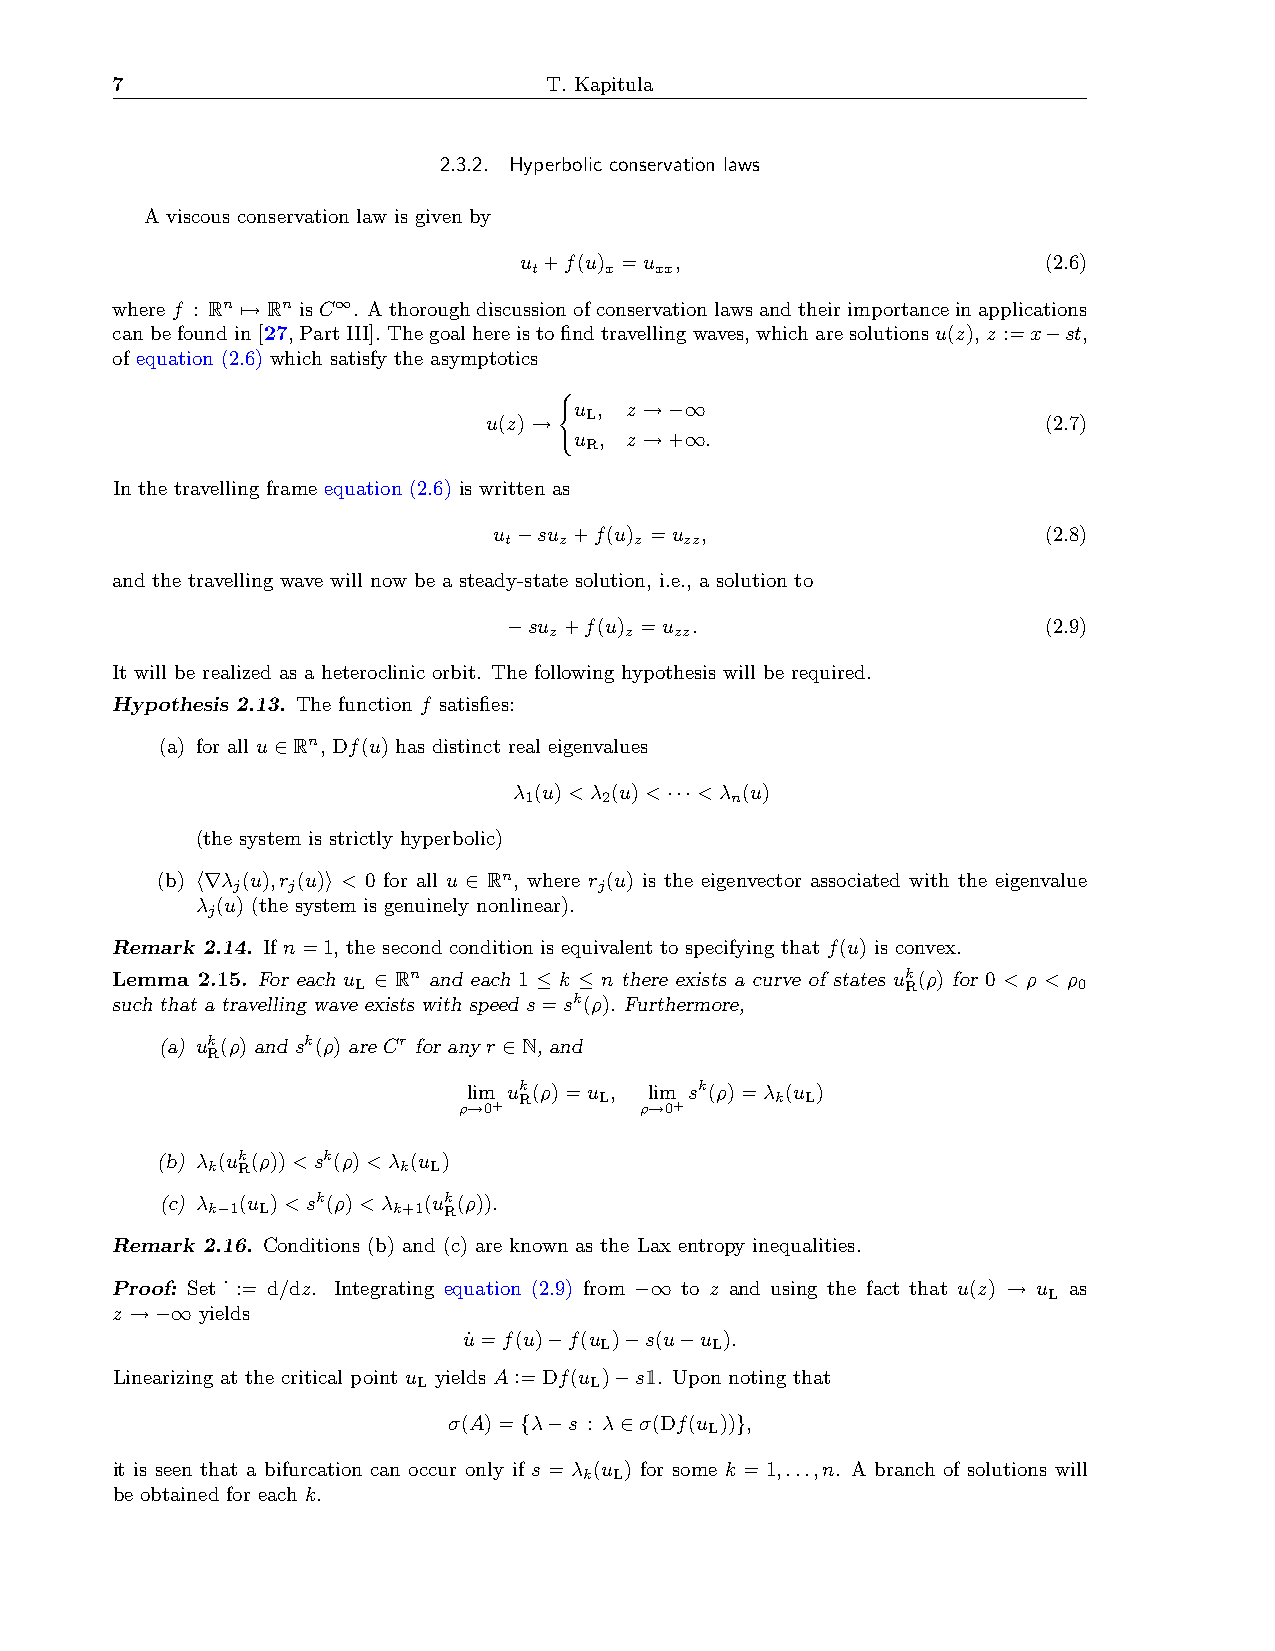
7                            T. Kapitula
 2.3.2. Hyperbolic conservation laws
 A viscous conservation law is given by
 u +f(u) =u ,                       (2.6)
 t    x  xx
 wheref : Rn 7→Rn isC∞. Athoroughdiscussionofconservationlawsandtheirimportanceinapplications
 canbefoundin[27, PartIII].Thegoalhereistofindtravellingwaves, whicharesolutionsu(z), z :=x−st,
 of equation (2.6) which satisfy the asymptotics
 (
 u , z →−∞
 u(z)→  L                             (2.7)
 u , z →+∞.
 R
 In the travelling frame equation (2.6) is written as
 u −su +f(u) =u ,                    (2.8)
 t   z    z  zz
 and the travelling wave will now be a steady-state solution, i.e., a solution to
 −su +f(u) =u .                     (2.9)
 z    z   zz
 It will be realized as a heteroclinic orbit. The following hypothesis will be required.
 Hypothesis 2.13. The function f satisfies:
 (a) for all u∈Rn, Df(u) has distinct real eigenvalues
 λ (u)<λ (u)<···<λ (u)
 1    2       n
 (the system is strictly hyperbolic)
 (b) h∇λ (u),r (u)i < 0 for all u ∈ Rn, where r (u) is the eigenvector associated with the eigenvalue
 j   j                    j
 λ (u) (the system is genuinely nonlinear).
 j
 Remark 2.14. If n=1, the second condition is equivalent to specifying that f(u) is convex.
 Lemma 2.15. For each u ∈ Rn and each 1 ≤ k ≤ n there exists a curve of states uk(ρ) for 0 < ρ < ρ
 L                                   R          0
 such that a travelling wave exists with speed s=sk(ρ). Furthermore,
 (a) uk(ρ) and sk(ρ) are Cr for any r ∈N, and
 R
 lim uk(ρ)=u , lim sk(ρ)=λ (u )
 R     L          k L
 ρ→0+        ρ→0+
 (b) λ (uk(ρ))<sk(ρ)<λ (u )
 k R         k L
 (c) λ (u )<sk(ρ)<λ (uk(ρ)).
 k−1 L       k+1 R
 Remark 2.16. Conditions (b) and (c) are known as the Lax entropy inequalities.
 Proof: Set ˙ := d/dz. Integrating equation (2.9) from −∞ to z and using the fact that u(z) → u as
 L
 z →−∞ yields
 u˙ =f(u)−f(u )−s(u−u ).
 L      L
 Linearizing at the critical point u yields A:=Df(u )−s1. Upon noting that
 L          L
 σ(A)={λ−s : λ∈σ(Df(u ))},
 L
 it is seen that a bifurcation can occur only if s = λ (u ) for some k = 1,...,n. A branch of solutions will
 k L
 be obtained for each k.